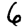
Digit: 6